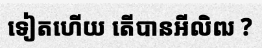
ទៀតហើយ តើបានអីលិឍ ?